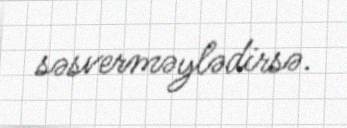
səsverməylədirsə.